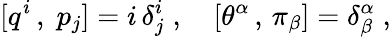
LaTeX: [q^{i}\, ,\; p_{j}]=i\, \delta_{j}^{i}\; ,\quad[\theta^{\alpha}\, ,\, \pi_{\beta}]=\delta_{\beta}^{\alpha}\; ,